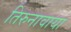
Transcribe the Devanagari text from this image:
तिरुनावाया